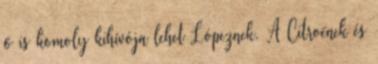
ő is komoly kihívója lehet Lópeznek. A Citroënek és